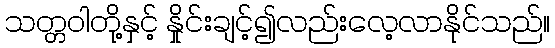
သတ္တဝါတို့နှင့် နှိုင်းချင့်၍လည်းလေ့လာနိုင်သည်။